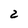
Character: 2